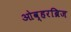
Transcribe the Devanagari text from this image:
ओव्हरब्रिज